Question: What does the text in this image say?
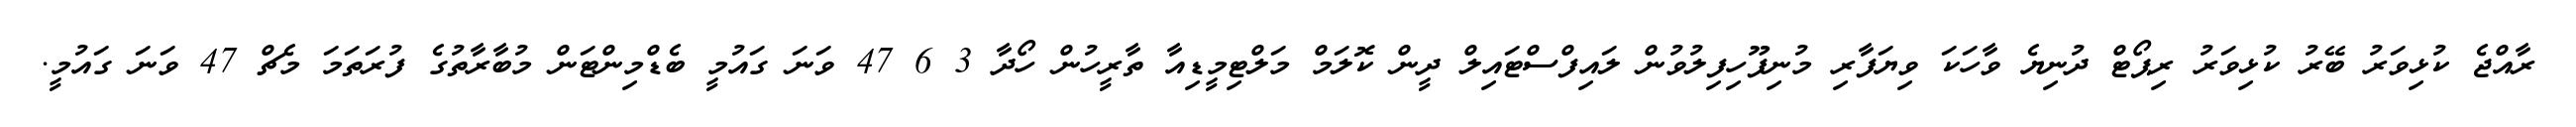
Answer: ރާއްޖެ ކުޅިވަރު ބޭރު ކުޅިވަރު ރިޕޯޓް ދުނިޔެ ވާހަކަ ވިޔަފާރި މުނިފޫހިފިލުވުން ލައިފްސްޓައިލް ދީން ކޮލަމް މަލްޓިމީޑިއާ ތާރީހުން ހޯދާ 3 6 47 ވަނަ ގައުމީ ބެޑްމިންޓަން މުބާރާތުގެ ފުރަތަމަ މެޗް 47 ވަނަ ގައުމީ.